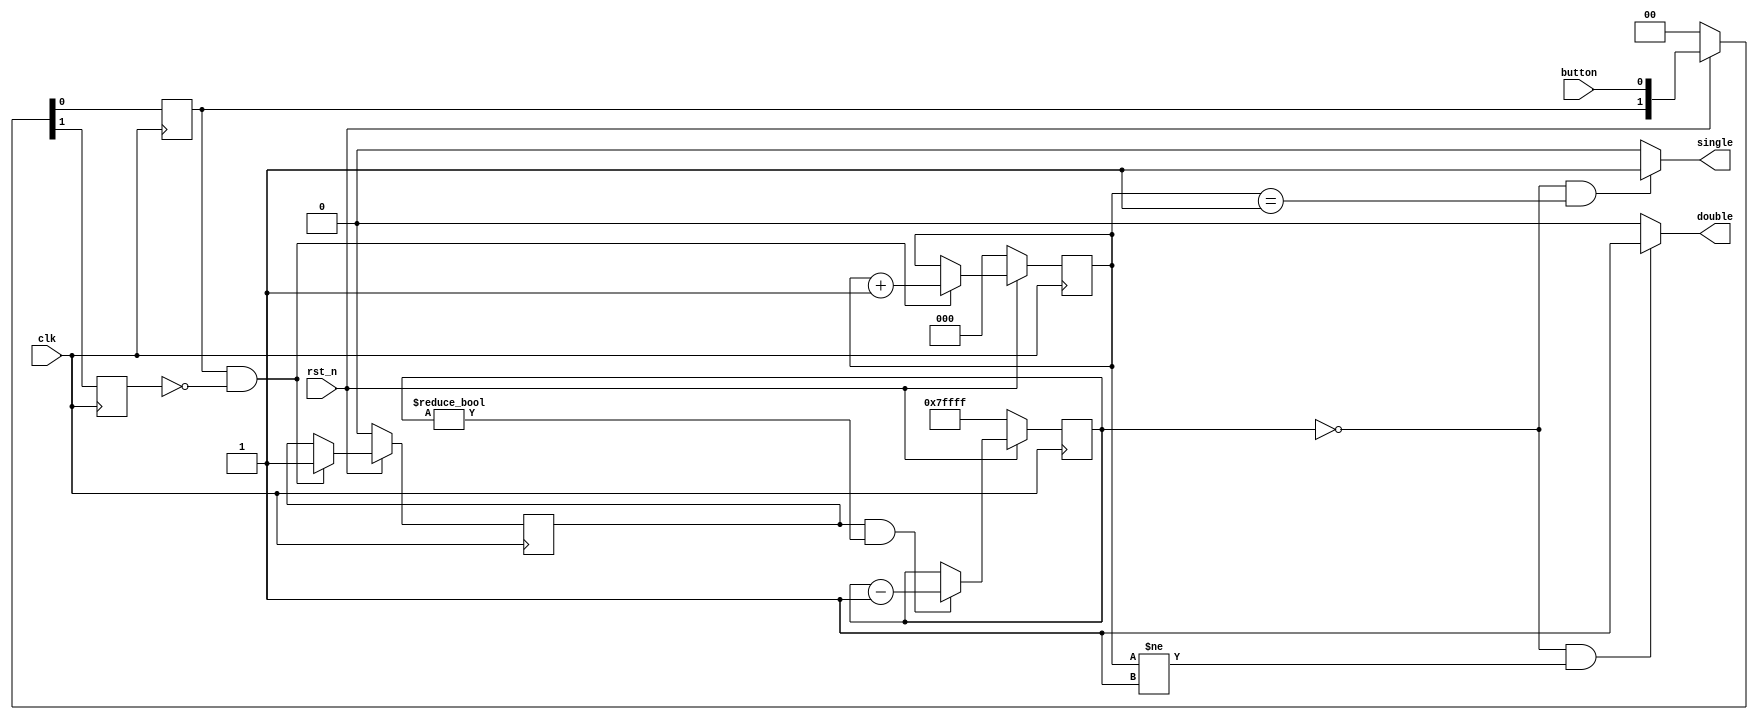
module double_click (
  button, 

  single, double,  

  clk, rst_n
);

parameter WAIT_WIDTH = 19;

input  button;
output single, double;
input clk, rst_n;

reg btn_now, btn_last, collect;

reg [2:0] click_cnt;
reg [WAIT_WIDTH-1:0] dbl_click_cnt;

// if we are done counting and we have 1 click its single, else double
assign single = (!dbl_click_cnt & (click_cnt == 3'b001)) ? 1'b1 : 1'b0;
assign double = (!dbl_click_cnt & (click_cnt != 3'b001)) ? 1'b1 : 1'b0;

// detect button down vs button up
wire btn_down = btn_now & ~btn_last;
//wire btn_up =  ~btn_now &  btn_last;
always @ (negedge clk)
 if (~rst_n) 
  { btn_last, btn_now } <= 2'b00;
 else
  { btn_last, btn_now } <= { btn_now, button };

// start down counter and count clicks
always @ (posedge clk) 
 if (~rst_n)
  begin
  click_cnt <= 3'd0;
  dbl_click_cnt <= {WAIT_WIDTH{1'b1}};
  collect <= 1'b0;
  end
 else
  begin
  if (collect & (dbl_click_cnt != {WAIT_WIDTH{1'b0}})) 
    dbl_click_cnt <= dbl_click_cnt - 1'b1;
  else
    dbl_click_cnt <= dbl_click_cnt;
    
  if (btn_down)
    begin
    collect <= 1'b1;
    click_cnt <= click_cnt + 1'b1;
    end
  else
    begin
    collect <= collect;
    click_cnt <= click_cnt;
    end  
  end

endmodule